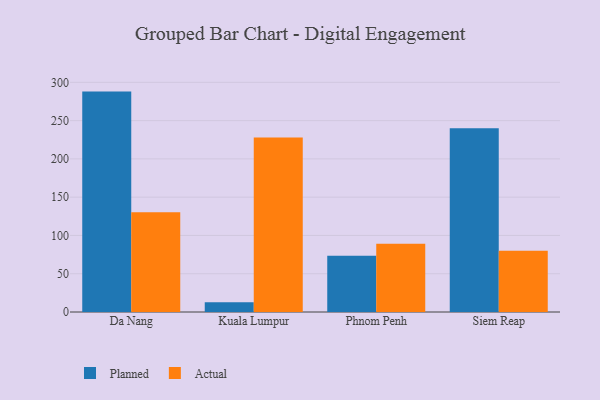
{"axis": {"x": "City", "y": "Production Output"}, "legend": ["Actual", "Planned"], "data": [{"x": "Da Nang", "y": 287.9, "type": "Planned"}, {"x": "Da Nang", "y": 130.2, "type": "Actual"}, {"x": "Kuala Lumpur", "y": 12.7, "type": "Planned"}, {"x": "Kuala Lumpur", "y": 227.9, "type": "Actual"}, {"x": "Phnom Penh", "y": 73.6, "type": "Planned"}, {"x": "Phnom Penh", "y": 89.0, "type": "Actual"}, {"x": "Siem Reap", "y": 240.0, "type": "Planned"}, {"x": "Siem Reap", "y": 80.0, "type": "Actual"}]}